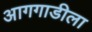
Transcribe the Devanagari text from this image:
आगगाडीला